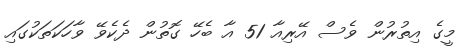
މީގެ އިތުރުން ވެސް އޭރިއާ 51 އާ ބެހޭ ގޮތުން ދެކެވޭ ވާހަކަތަކުގައި